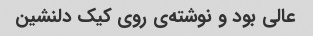
عالی بود و نوشته‌ی روی کیک دلنشین